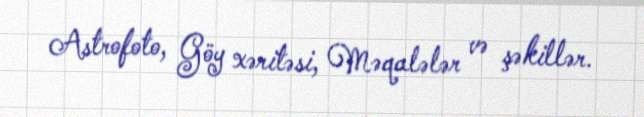
Astrofoto, Göy xəritəsi, Məqalələr və şəkillər.